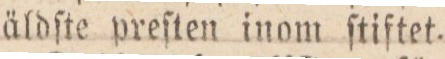
äldſte preſten inom ſtiftet.